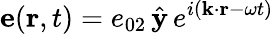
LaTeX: {\mathbf e}({\mathbf r},t)=e_{02}\, \hat{{\mathbf y}}\, e^{i({\mathbf k}\cdot{\mathbf r}-\omega t)}